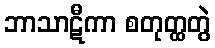
ဘာသာဋီကာ စတုတ္ထတွဲ